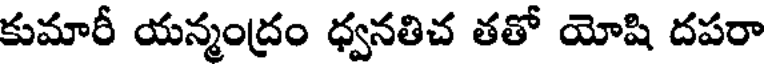
కుమారీ యన్మంద్రం ధ్వనతిచ తతో యోషి దపరా